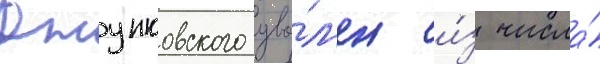
Джунковского уво́л'ен и́з числа́